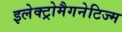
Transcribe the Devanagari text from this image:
इलेक्ट्रोमैगनेटिज्म